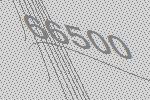
66500